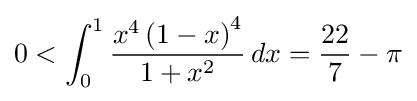
0<\int _{0}^{1}{\frac {x^{4}\left(1-x\right)^{4}}{1+x^{2}}}\,dx={\frac {22}{7}}-\pi